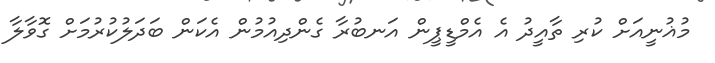
މުޣުނީއަށް ކުރި ތާއީދު އެ އެމްޑީޕީން އަނބުރާ ގެންދިއުމުން އެކަން ބަދަލުކުރުމަށް ގޮވާލާ